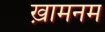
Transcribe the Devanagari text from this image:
ख़ामनम